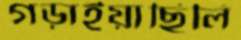
গড়াইয়াছিলি